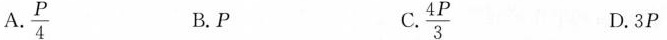
A.\frac{P}{4} B.P C.\frac{4P}{3} D.3P